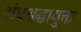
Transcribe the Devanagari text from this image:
अंधश्रद्धायुक्त